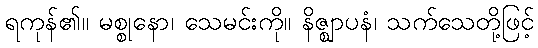
ရကုန်၏။ မစ္စုနော၊ သေမင်းကို။ နိဇ္ဈာပနံ၊ သက်သေတို့ဖြင့်